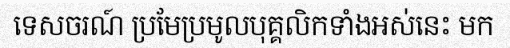
ទេសចរណ៍ ប្រមែប្រមូលបុគ្គលិកទាំងអស់នេះ មក